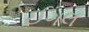
ઈગલ